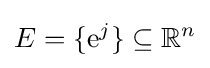
E=\{\mathrm {e} ^{j}\}\subseteq \mathbb {R} ^{n}